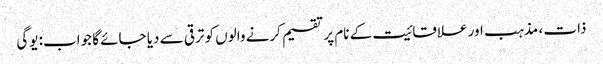
ذات ، مذہب اور علاقائیت کے نام پر تقسیم کرنے والوں کو ترقی سے دیا جائے گا جواب: یوگی